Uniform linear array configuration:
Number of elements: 4
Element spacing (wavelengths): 0.25
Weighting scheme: hamming
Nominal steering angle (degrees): -15
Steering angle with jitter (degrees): -15.881
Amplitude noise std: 0.05
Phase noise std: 0.05

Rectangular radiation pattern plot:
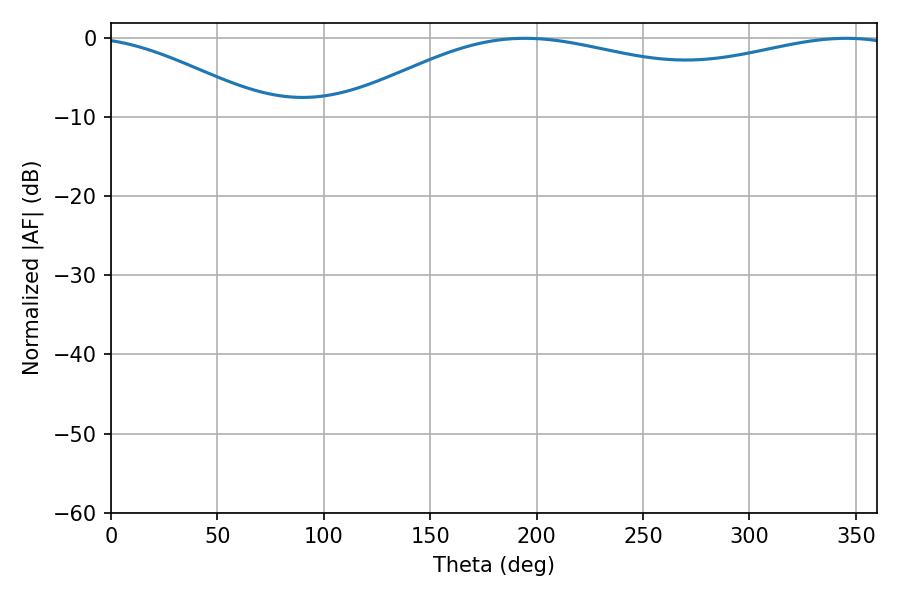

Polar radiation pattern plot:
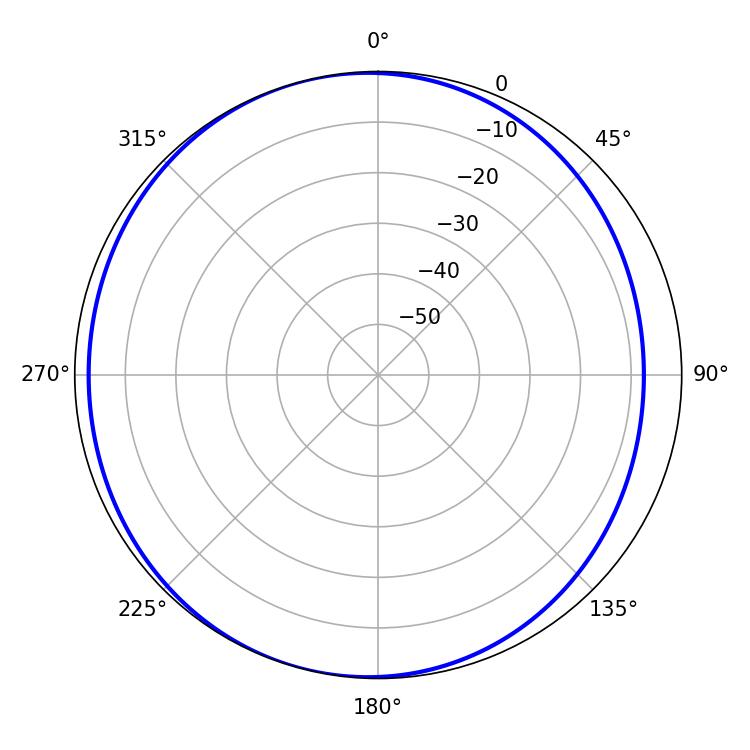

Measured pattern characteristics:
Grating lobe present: FALSE
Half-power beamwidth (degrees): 213.12
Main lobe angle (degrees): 194.58